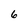
Character: 6